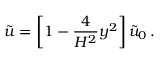
\tilde { u } = \left[ 1 - { \frac { 4 } { H ^ { 2 } } } y ^ { 2 } \right] \tilde { u } _ { 0 } \, .